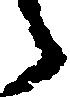
々